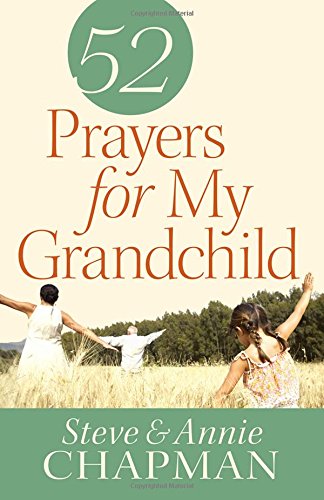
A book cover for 52 Prayers for My Grandchild; Steve Chapman; Parenting & Relationships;